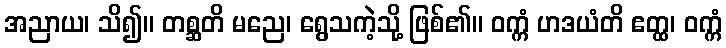
အညာယ၊ သိ၍။ တစ္ဆတိ မညေ၊ ရွေသကဲ့သို့ ဖြစ်၏။ ဝက္ကံ ဟဒယံတိ ဧတ္ထ၊ ဝက္ကံ